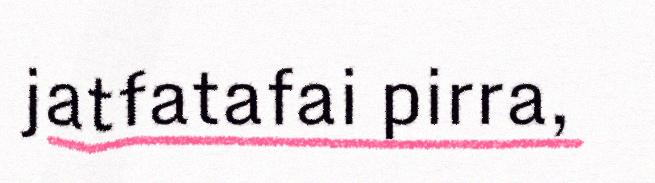
jatfatafai pirra,